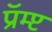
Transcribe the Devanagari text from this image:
प्रॅम्प्ट